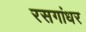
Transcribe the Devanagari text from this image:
रसगांधर